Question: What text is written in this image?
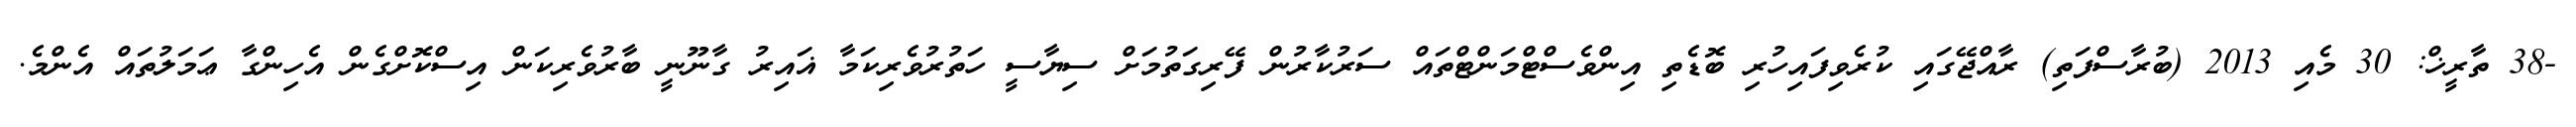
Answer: -38 ތާރީޚް: 30 މެއި 2013 (ބުރާސްފަތި) ރާއްޖޭގައި ކުރެވިފައިހުރި ބޮޑެތި އިންވެސްޓްމަންޓްތައް ސަރުކާރުން ފޭރިގަތުމަށް ސިޔާސީ ހަތުރުވެރިކަމާ ޣައިރު ގާނޫނީ ބާރުވެރިކަން އިސްކޮށްގެން އެހިންގާ ޢަމަލުތައް އެންމެ.